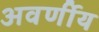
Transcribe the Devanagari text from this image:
अवर्णीय